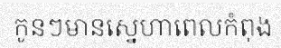
កូនៗមានស្នេហាពេលកំពុង